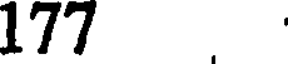
177